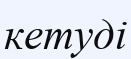
кетуді